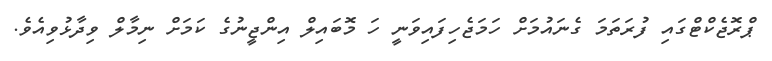
ޕްރޮޖެކްޓްގައި ފުރަތަމަ ގެނައުމަށް ހަމަޖެހިފައިވަނީ ހަ މޮބައިލް އިންޖީނުގެ ކަމަށް ނިމާލް ވިދާޅުވިއެވެ.